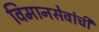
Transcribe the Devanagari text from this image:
विमानसेवांची